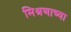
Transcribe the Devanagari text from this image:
मिश्रणाच्या